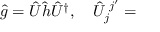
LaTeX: \hat { g } = \hat { U } \hat { h } \hat { U } ^ { \dagger } , \quad \hat { U } _ { j } ^ { \, \, j ^ { \prime } } =